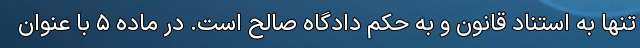
تنها به استناد قانون و به حکم دادگاه صالح است. در ماده ۵ با عنوان